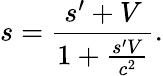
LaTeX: s={\frac{s^{\prime}+V}{1+{\frac{s^{\prime}V}{c^{2}}}}}.